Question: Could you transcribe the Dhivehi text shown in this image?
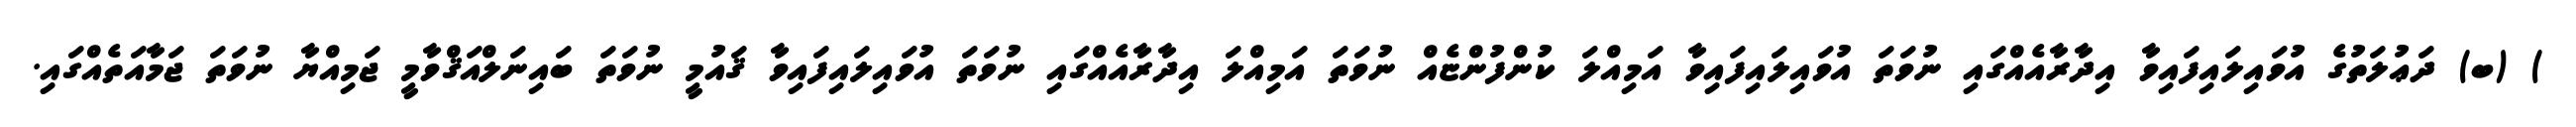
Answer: ) (ބ) ދަޢުލަތުގެ އުވައިލައިފައިވާ އިދާރާއެއްގައި ނުވަތަ އުވައިލައިފައިވާ އަމިއްލަ ކުންފުންޏެއް ނުވަތަ އަމިއްލަ އިދާރާއެއްގައި ނުވަތަ އުވައިލައިފައިވާ ޤައުމީ ނުވަތަ ބައިނަލްއަޤްވާމީ ޖަމިއްޔާ ނުވަތަ ޖަމާއަތެއްގައި.